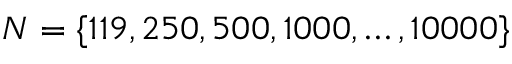
N = \{ 1 1 9 , 2 5 0 , 5 0 0 , 1 0 0 0 , \dots , 1 0 0 0 0 \}